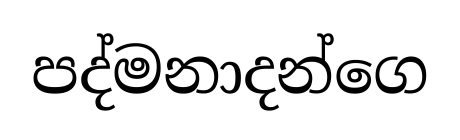
පද්මනාදන්ගෙ